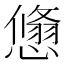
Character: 𢢱